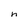
Character: h